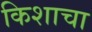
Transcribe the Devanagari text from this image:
किशाचा